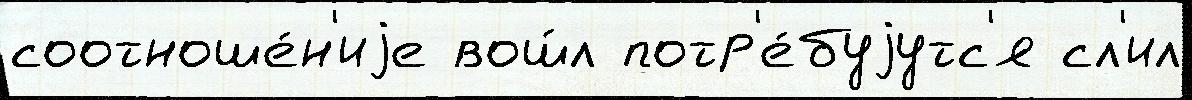
соотноше́н'иjе вош́л потр'е́буjутс'я сл'ил